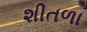
શીતળા